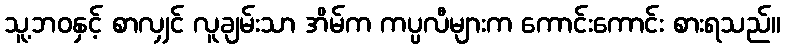
သူ့ဘဝနှင့် စာလျှင် လူချမ်းသာ အိမ်က ကပ္ပလီများက ကောင်းကောင်း စားရသည်။